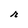
Character: r